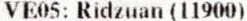
VE05: RIDZUAN (11900)